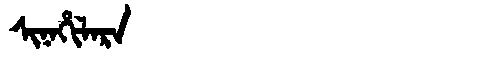
Manchu: ᠰᡳᠨᠠᡥᡳᠯᠠᡵᠠ
Romanization: SINAHILARA